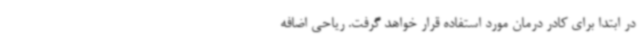
در ابتدا برای کادر درمان مورد استفاده قرار خواهد گرفت. ریاحی اضافه